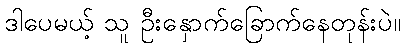
ဒါပေမယ့် သူ ဦးနှောက်ခြောက်နေတုန်းပဲ။